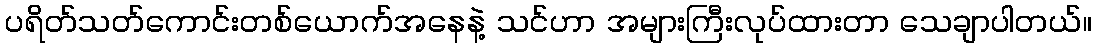
ပရိတ်သတ်ကောင်းတစ်ယောက်အနေနဲ့ သင်ဟာ အများကြီးလုပ်ထားတာ သေချာပါတယ်။